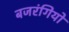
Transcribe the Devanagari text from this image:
बजरंगियों